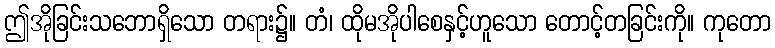
ဤအိုခြင်းသဘောရှိသော တရား၌။ တံ၊ ထိုမအိုပါစေနှင့်ဟူသော တောင့်တခြင်းကို။ ကုတော